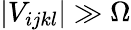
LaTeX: |V_{ijkl}|\gg\Omega